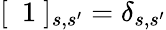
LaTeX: [\mathrm{~\mathbf~1~}]_{s,s^{\prime}}=\delta_{s,s^{\prime}}